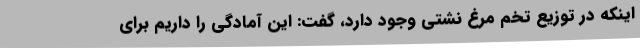
اینکه در توزیع تخم مرغ نشتی وجود دارد، گفت: این آمادگی را داریم برای